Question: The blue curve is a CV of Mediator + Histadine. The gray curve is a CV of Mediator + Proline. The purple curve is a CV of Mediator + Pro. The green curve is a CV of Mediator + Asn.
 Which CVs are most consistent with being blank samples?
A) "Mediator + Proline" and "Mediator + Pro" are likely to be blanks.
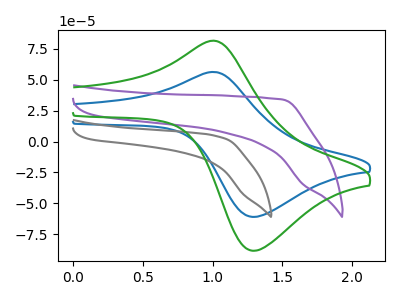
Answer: <think>The blue curve "Mediator + Histadine" has an anodic peak at (1.00V, 56.30uA) and a cathodic peak at (1.30V, -61.05uA). The gray curve "Mediator + Proline" has no peaks. The purple curve "Mediator + Pro" has no peaks. The green curve "Mediator + Asn" has an anodic peak at (1.00V, 81.55uA) and a cathodic peak at (1.30V, -88.45uA).</think>
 <answer>A) "Mediator + Proline" and "Mediator + Pro" are likely to be blanks.</answer>
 <eval>A</eval>